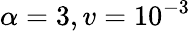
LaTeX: \alpha=3,v=10^{-3}